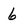
Character: 6